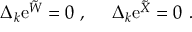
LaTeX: \Delta _ { k } \mathrm { e } ^ { { \tilde { W } } } = 0 ~ , ~ \quad \Delta _ { k } \mathrm { e } ^ { { \tilde { X } } } = 0 ~ .